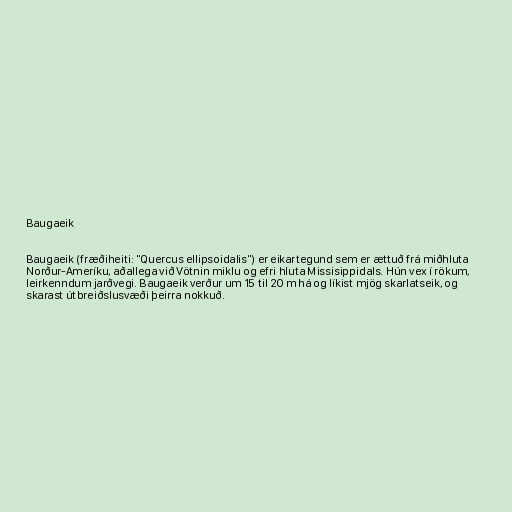
Baugaeik

Baugaeik (fræðiheiti: "Quercus ellipsoidalis") er eikartegund sem er ættuð frá miðhluta
Norður-Ameríku, aðallega við Vötnin miklu og efri hluta Missisippidals. Hún vex í rökum,
leirkenndum jarðvegi. Baugaeik verður um 15 til 20 m há og líkist mjög skarlatseik, og
skarast útbreiðslusvæði þeirra nokkuð.